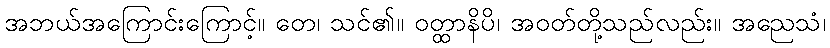
အဘယ်အကြောင်းကြောင့်။ တေ၊ သင်၏။ ဝတ္ထာနိပိ၊ အဝတ်တို့သည်လည်း။ အညေသံ၊